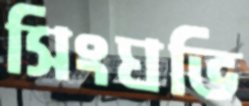
সিংঘভি